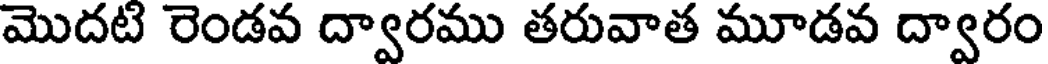
మొదటి రెండవ ద్వారము తరువాత మూడవ ద్వారం